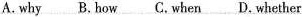
A.why B.how C.when D.whether